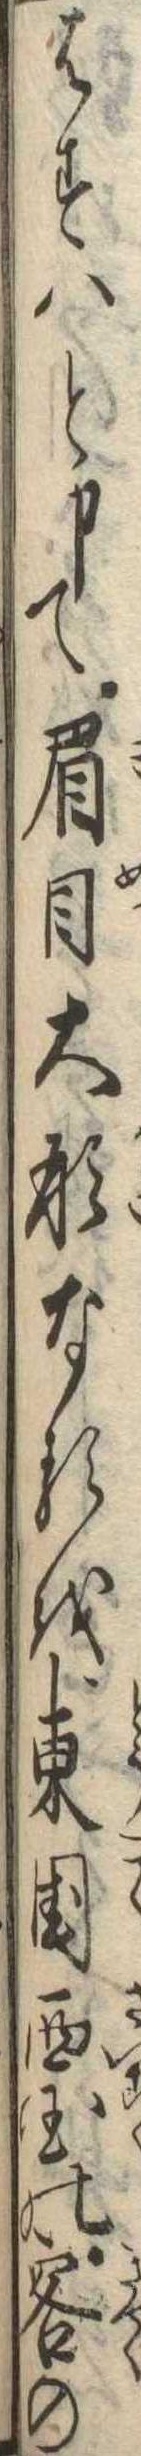
はすはと申て眉目大形なるを東国西国の客の